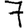
Digit: 7